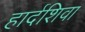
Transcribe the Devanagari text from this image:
हार्दशिवा